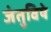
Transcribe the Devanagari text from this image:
जंतुविषे